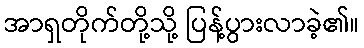
အာရှတိုက်တို့သို့ ပြန့်ပွားလာခဲ့၏။